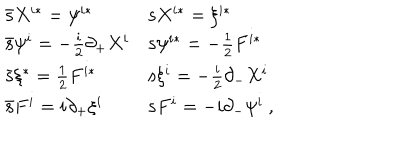
LaTeX: \begin{array} { l l } { { \bar { \bf s } X ^ { i * } = \psi ^ { i * } } } & { { { \bf s } X ^ { i * } = \xi ^ { i * } } } \\ { { \bar { \bf s } \psi ^ { i } = - \frac { i } { 2 } \partial _ { + } X ^ { i } } } & { { { \bf s } \psi ^ { i * } = - \frac { 1 } { 2 } F ^ { i * } } } \\ { { \bar { \bf s } \xi ^ { * } = \frac { 1 } { 2 } F ^ { i * } } } & { { { \bf s } \xi ^ { i } = - \frac { i } { 2 } \partial _ { - } X ^ { i } } } \\ { { \bar { \bf s } F ^ { i } = i \partial _ { + } \xi ^ { i } } } & { { { \bf s } F ^ { i } = - i \partial _ { - } \psi ^ { i } \ , } } \\ \end{array}